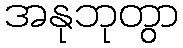
အနုဘုတွာ